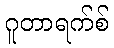
ဂူတာရက်စ်